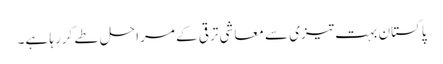
پاکستان بہت تیزی سے معاشی ترقی کے مراحل طے کررہا ہے۔